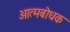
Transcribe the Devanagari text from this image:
आत्मबोधक